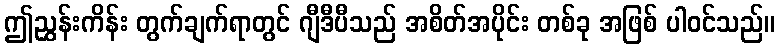
ဤညွှန်းကိန်း တွက်ချက်ရာတွင် ဂျီဒီပီသည် အစိတ်အပိုင်း တစ်ခု အဖြစ် ပါဝင်သည်။